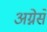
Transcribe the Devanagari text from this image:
अग्नेसे